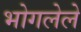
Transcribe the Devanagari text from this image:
भोगलेले